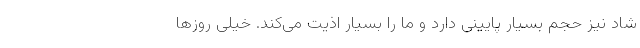
شاد نیز حجم بسیار پایینی دارد و ما را بسیار اذیت می‌کند. خیلی روزها